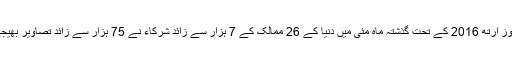
وکی لَوز ارتھ 2016 کے تحت گذشتہ ماہ مئی میں دنیا کے 26 ممالک کے 7 ہزار سے زائد شرکاء نے 75 ہزار سے زائد تصاویر بھیجی ہیں۔